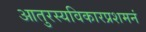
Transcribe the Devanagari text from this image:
आतुरस्यविकारप्रशमनं